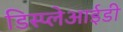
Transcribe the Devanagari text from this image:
डिस्प्लेआईडी